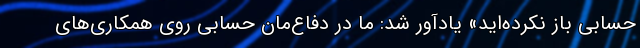
حسابی باز نکرده‌اید» یادآور شد: ما در دفاع‌مان حسابی روی همکاری‌های